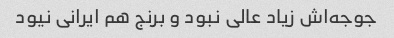
جوجه‌اش زیاد عالی نبود و برنج هم ایرانی نیود